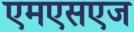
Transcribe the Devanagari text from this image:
एमएसएज